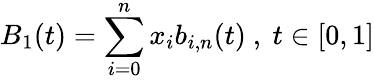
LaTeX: B_{1}(t)=\sum_{i=0}^{n}x_{i}b_{i,n}(t){\mathrm{~,~}}t\in[0,1]